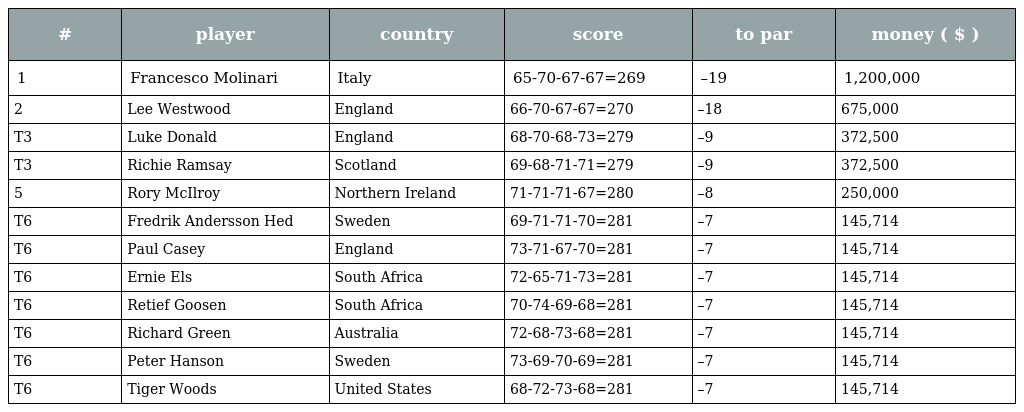
| # | player | country | score | to par | money ( $ ) |
 | --- | --- | --- | --- | --- | --- |
 | 1 | Francesco Molinari | Italy | 65-70-67-67=269 | –19 | 1,200,000 |
 | 2 | Lee Westwood | England | 66-70-67-67=270 | –18 | 675,000 |
 | T3 | Luke Donald | England | 68-70-68-73=279 | –9 | 372,500 |
 | T3 | Richie Ramsay | Scotland | 69-68-71-71=279 | –9 | 372,500 |
 | 5 | Rory McIlroy | Northern Ireland | 71-71-71-67=280 | –8 | 250,000 |
 | T6 | Fredrik Andersson Hed | Sweden | 69-71-71-70=281 | –7 | 145,714 |
 | T6 | Paul Casey | England | 73-71-67-70=281 | –7 | 145,714 |
 | T6 | Ernie Els | South Africa | 72-65-71-73=281 | –7 | 145,714 |
 | T6 | Retief Goosen | South Africa | 70-74-69-68=281 | –7 | 145,714 |
 | T6 | Richard Green | Australia | 72-68-73-68=281 | –7 | 145,714 |
 | T6 | Peter Hanson | Sweden | 73-69-70-69=281 | –7 | 145,714 |
 | T6 | Tiger Woods | United States | 68-72-73-68=281 | –7 | 145,714 |